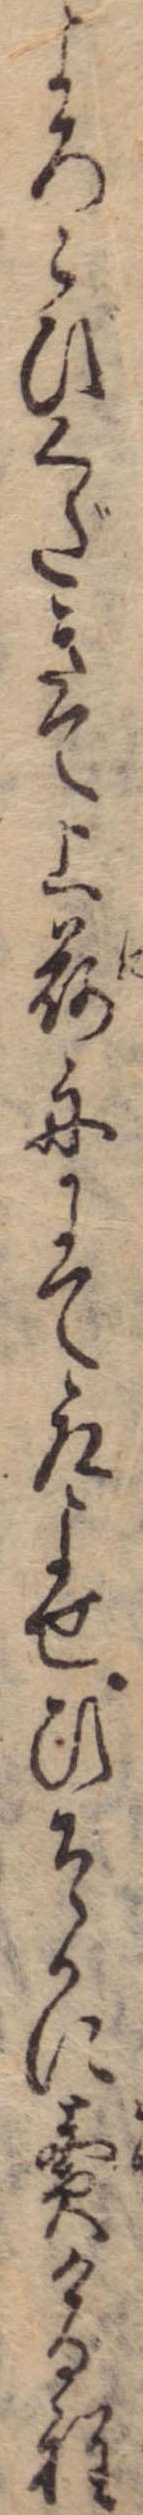
よろこびくだきて上荷舟にて取よせひそかに売ける程